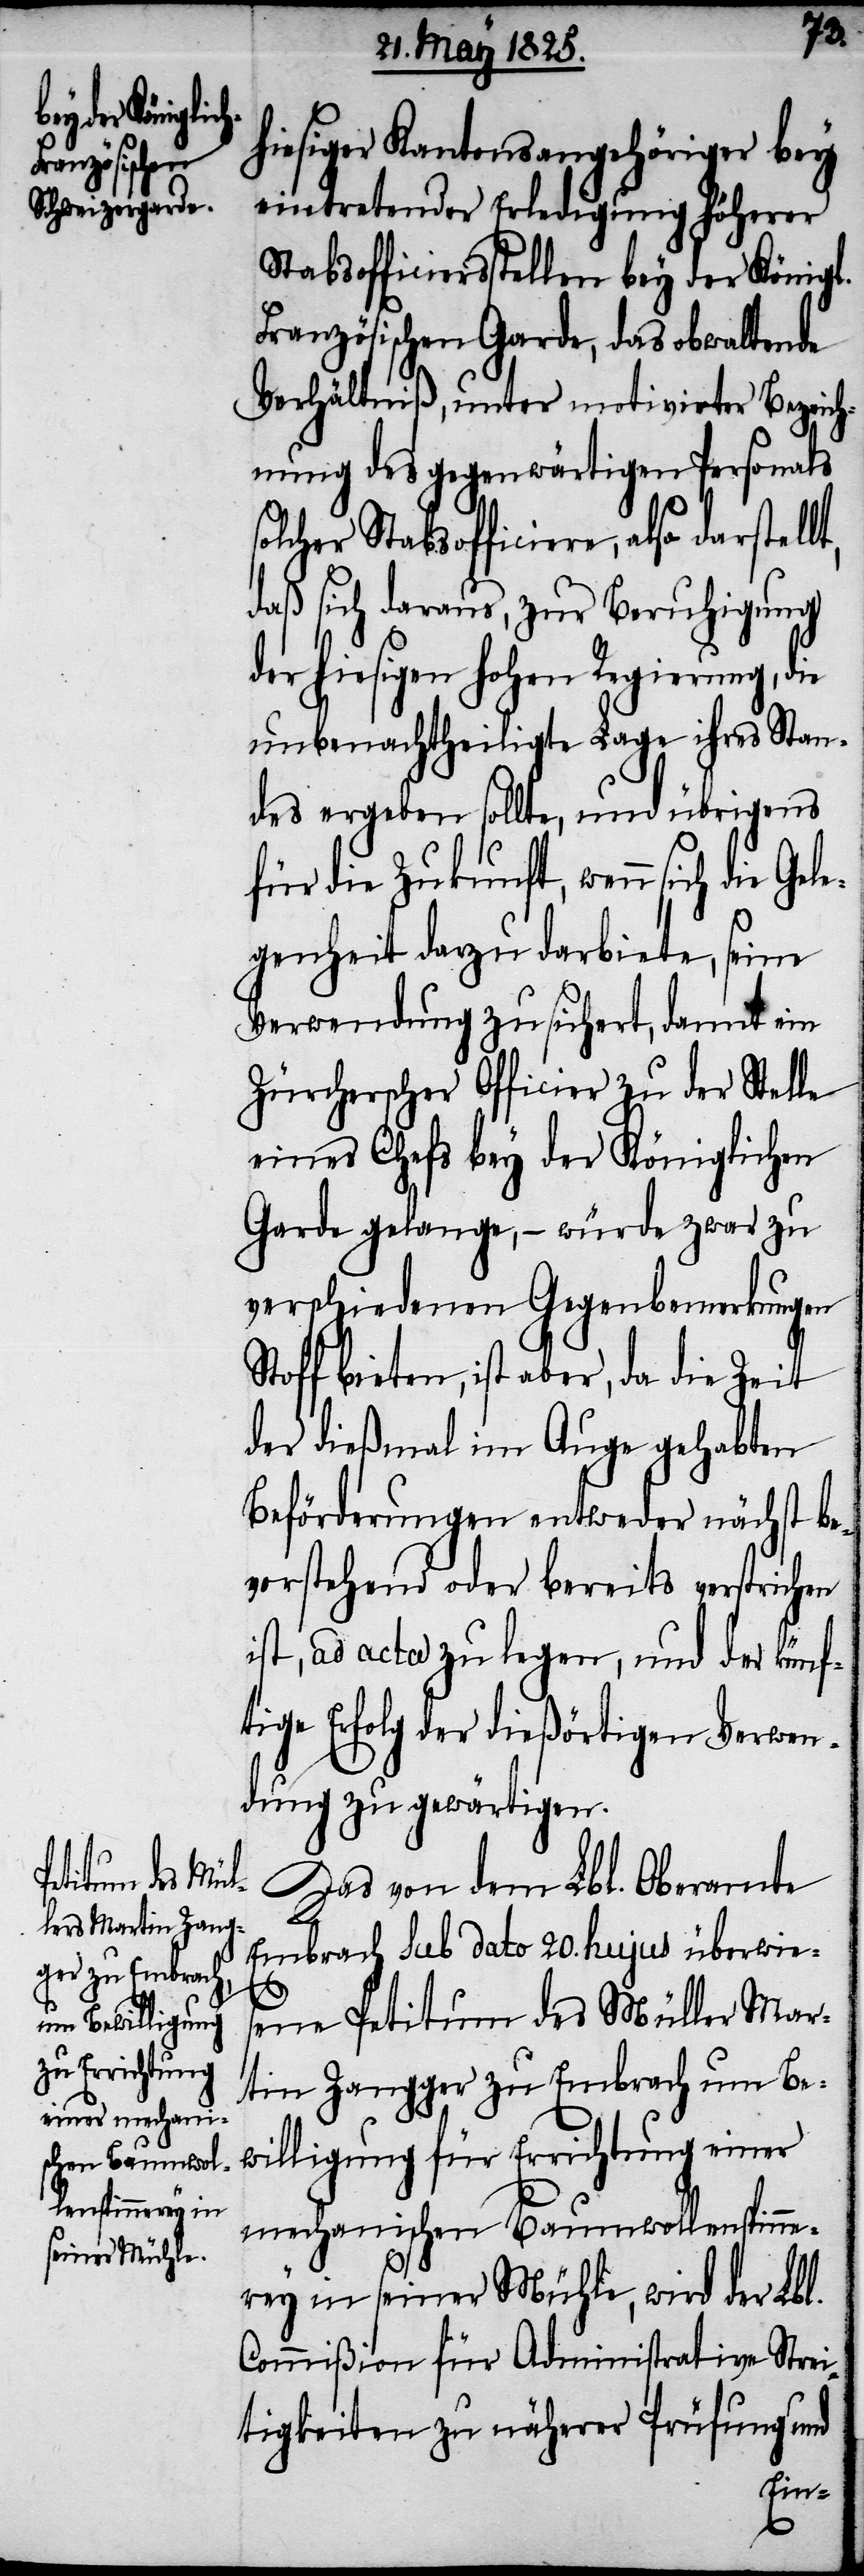
t,
hiesiger Kantonsangehöriger bey
eintretender Erledigung höherer
Stabsofficiersstellen bey der Königl.
Französischen Garde, das obwaltende
Verhältniß, unter motivirter Bezeich¬
nung des gegenwärtigen Personals
solcher Stabsofficiere, also darstell¬
daß sich daraus, zur Beruhigung
der hiesigen hohen Regierung, die
unbenachtheiligte Lage ihres Stan¬
des ergeben sollte, und übrigens
für die Zukunft, wenn sich die Gel¬
egenheit dazu darbiete, seine
Verwendung zusichert, damit ein
Zürcherscher Officier zu der Stelle
eines Chefs bey der Königlichen
Garde gelange, – würde zwar zu
verschiedenen Gegenbemerkungen
Stoff bieten, ist aber, da die Zeit
der dießmal im Auge gehabten
Beförderungen entweder nächst be¬
vorstehend oder bereits verstrichen
ist, ad acta zu legen, und der künf¬
tige Erfolg der dießörtigen Verwen¬
dung zu gewärtigen.
Das von dem Lbl. Oberamte
Embrach sub dato 20. hujus überwie¬
sene Petitum des Müller Mar¬
tin Zangger zu Embrach um Be¬
willigung für Errichtung einer
mechanischen Baumwollspinne¬
rey in seiner Mühle, wird der Lbl.
Commißion für Administrative Strei¬
tigkeiten zu näherer Prüfung und